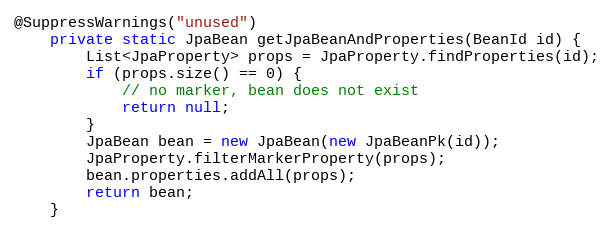
Language: Java
@SuppressWarnings("unused")
    private static JpaBean getJpaBeanAndProperties(BeanId id) {
        List<JpaProperty> props = JpaProperty.findProperties(id);
        if (props.size() == 0) {
            // no marker, bean does not exist
            return null;
        }
        JpaBean bean = new JpaBean(new JpaBeanPk(id));
        JpaProperty.filterMarkerProperty(props);
        bean.properties.addAll(props);
        return bean;
    }